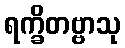
ရက္ခိတဗ္ဗာသု